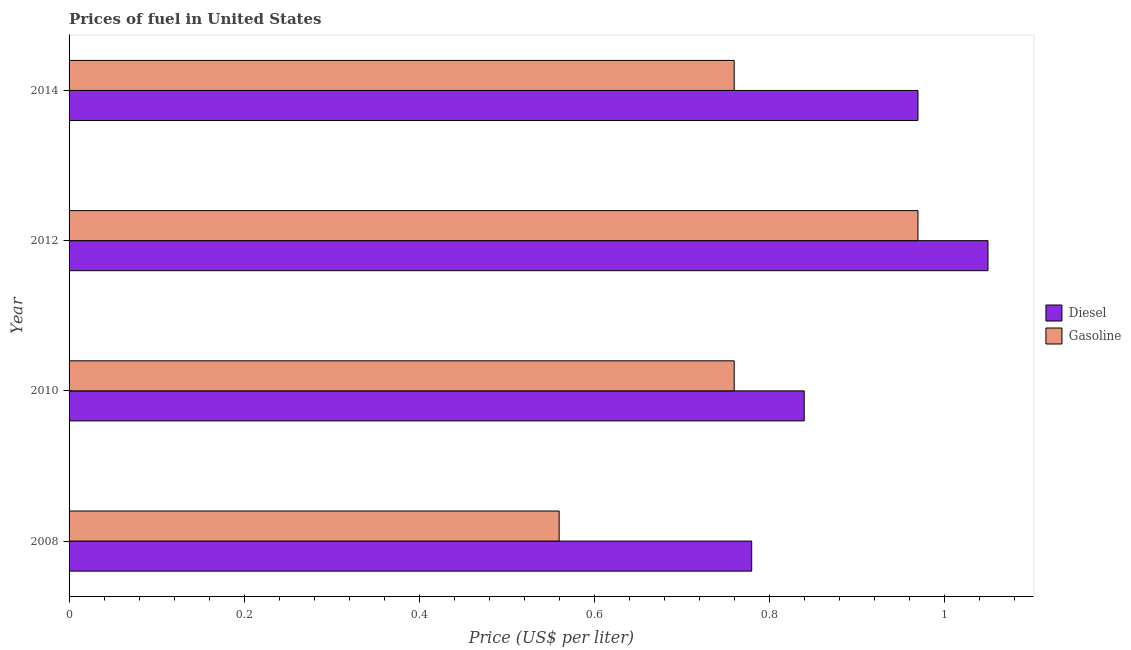
| Year | Diesel | Gasoline |
 | --- | --- | --- |
 | 2008 | 0.78 | 0.56 |
 | 2010 | 0.84 | 0.76 |
 | 2012 | 1.05 | 0.97 |
 | 2014 | 0.97 | 0.76 |